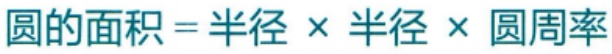
圆的面积=半径×半径×圆周率对应的LaTeX格式为：\(S = r\times r\times\pi\) （其中\(S\)表示圆的面积，\(r\)表示半径 ）